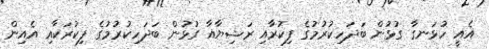
އެއީ ހުޅަނގާ ގުޅުން ބަދަހިކުރުމުގެ ފިކުރާއި ރަޝިޔާއާ ގުޅުން ބަދަހިކުރުމުގެ ފިކުރަކާއި އެއިން